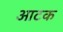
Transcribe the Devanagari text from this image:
आटक